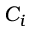
C _ { i }